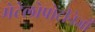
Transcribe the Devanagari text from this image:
मेटेलोप्रोटीनेजों